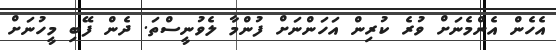
އެހެން އެންމެނަށް ވުރެ ކުރިން އަހަންނަށް ފުންމާ ލެވުނީސްތަ. ދެން ފޭބި މީހުނަށް